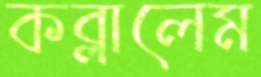
কব্‌লালেম